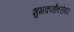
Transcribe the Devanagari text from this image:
शुभकर्मांबरोबर